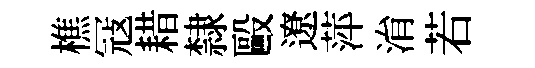
樵冦耤隸毆遼萍㳙若